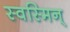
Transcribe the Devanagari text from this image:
स्वस्मिन्